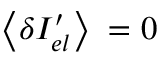
\left\langle \delta { { I } _ { e l } ^ { \prime } } \right\rangle \mathrm { ~ = ~ } 0